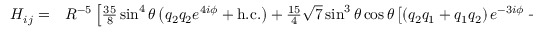
\begin{array} { r l } { H _ { i j } = } & { { } R ^ { - 5 } \left[ \frac { 3 5 } { 8 } \sin ^ { 4 } \theta \left( q _ { 2 } q _ { 2 } e ^ { 4 i \phi } + \mathrm { { h . c . } } \right) + \frac { 1 5 } { 4 } \sqrt { 7 } \sin ^ { 3 } \theta \cos \theta \left[ \left( q _ { 2 } q _ { 1 } + q _ { 1 } q _ { 2 } \right) e ^ { - 3 i \phi } + \mathrm { { h . c . } } \right] \right. } \end{array}